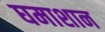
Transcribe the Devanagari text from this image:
घमाशान